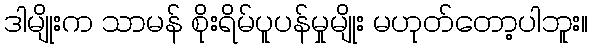
ဒါမျိုးက သာမန် စိုးရိမ်ပူပန်မှုမျိုး မဟုတ်တော့ပါဘူး။